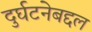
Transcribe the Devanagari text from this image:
दुर्घटनेबद्दल